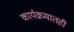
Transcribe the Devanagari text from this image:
कार्यक्रमातही